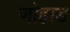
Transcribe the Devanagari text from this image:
जोहाड